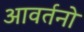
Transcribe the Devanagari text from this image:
आवर्तनो